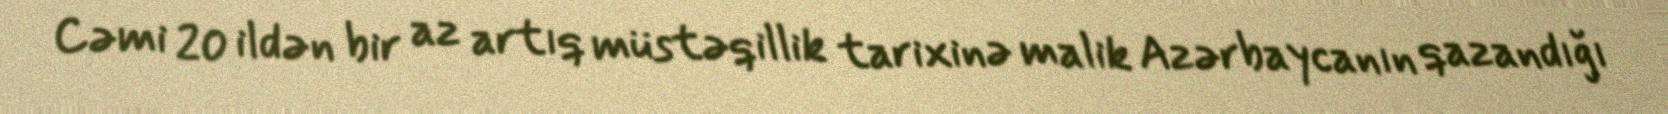
Cəmi 20 ildən bir az artıq müstəqillik tarixinə malik Azərbaycanın qazandığı